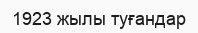
1923 жылы туғандар